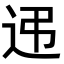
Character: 𨑩